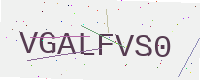
Text: VGALFVS0